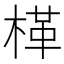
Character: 㮖